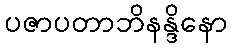
ပဇာပတာဘိနန္ဒိနော